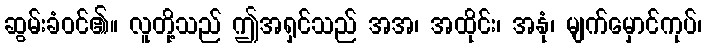
ဆွမ်းခံဝင်၏။ လူတို့သည် ဤအရှင်သည် အအ၊ အထိုင်း၊ အနုံ၊ မျက်မှောင်ကုပ်၊